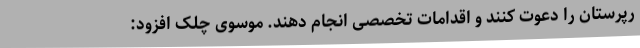
رپرستان را دعوت کنند و اقدامات تخصصی انجام دهند. موسوی چلک افزود: